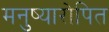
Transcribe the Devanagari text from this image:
मनुष्यारोपित